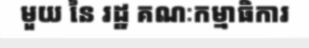
មួយ នៃ រដ្ឋ គណៈកម្មាធិការ